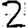
Digit: 2